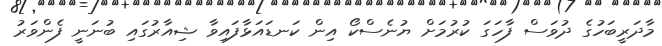
މާދަރީބަހުގެ ދުވަސް ފާހަގަ ކުރުމަށް ޔުނެސްކޯ އިން ކަނޑައަޅާފައިވާ ޝިއާރުގައި ބުނަނީ ފެންވަރު